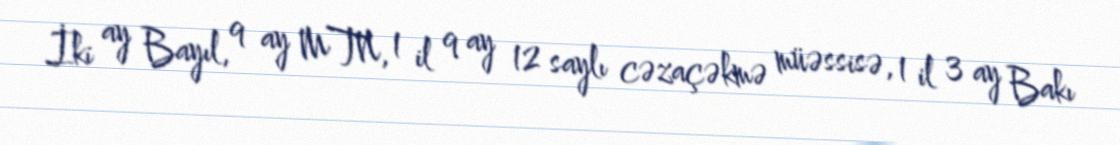
İki ay Bayıl, 9 ay MTN, 1 il 9 ay 12 saylı cəzaçəkmə müəssisə, 1 il 3 ay Bakı